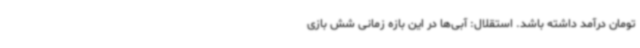
تومان درآمد داشته باشد. استقلال: آبی‌ها در این بازه زمانی شش بازی